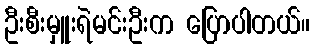
ဦးစီးမှူးရဲမင်းဦးက ပြောပါတယ်။